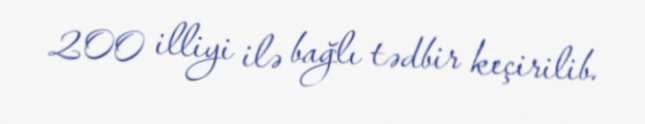
200 illiyi ilə bağlı tədbir keçirilib.